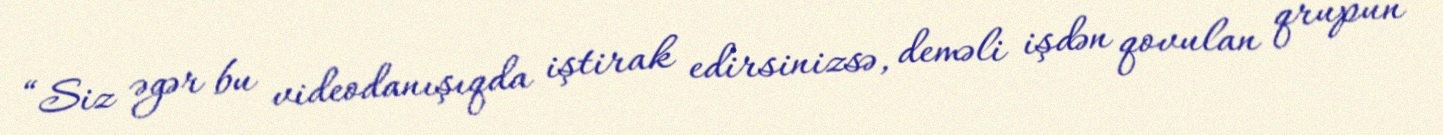
“Siz əgər bu videodanışıqda iştirak edirsinizsə, deməli işdən qovulan qrupun